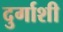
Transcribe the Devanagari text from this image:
दुर्गाशी